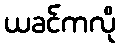
ယခင်ကလို